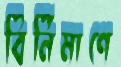
বির্নিমাণে